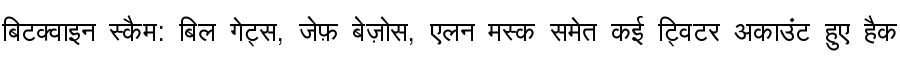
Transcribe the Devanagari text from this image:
बिटक्वाइन स्कैम: बिल गेट्स, जेफ़ बेज़ोस, एलन मस्क समेत कई ट्विटर अकाउंट हुए हैक